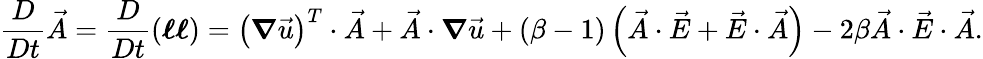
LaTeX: \frac{D}{Dt}\vec{A}=\frac{D}{Dt}\left(\boldsymbol{\ell}\boldsymbol{\ell}\right)=\left(\boldsymbol{\nabla}\vec{u}\right)^{T}\cdot\vec{A}+\vec{A}\cdot\boldsymbol{\nabla}\vec{u}+(\beta-1)\left(\vec{A}\cdot\vec{E}+\vec{E}\cdot\vec{A}\right)-2\beta\vec{A}\cdot\vec{E}\cdot\vec{A}.